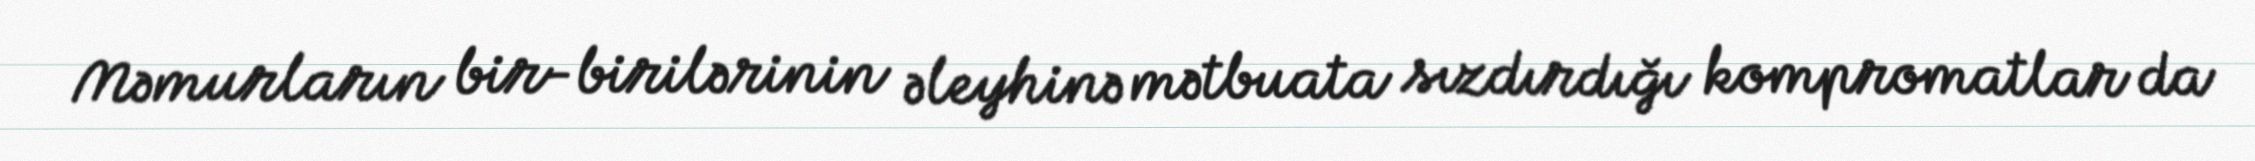
Məmurların bir-birilərinin əleyhinə mətbuata sızdırdığı kompromatlar da